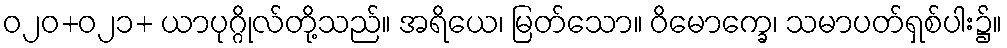
ဝ၂၀+၀၂၁+ ယာပုဂ္ဂိုလ်တို့သည်။ အရိယေ၊ မြတ်သော။ ဝိမောက္ခေ၊ သမာပတ်ရှစ်ပါး၌။